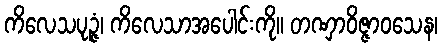
ကိလေသပုဉ္ဇံ၊ ကိလေသာအပေါင်းကို။ တဏှာဝိဇ္ဇာဝသေန၊